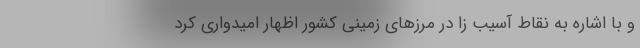
و با اشاره به نقاط آسیب زا در مرزهای زمینی کشور اظهار امیدواری کرد